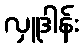
လှူဒါန်း